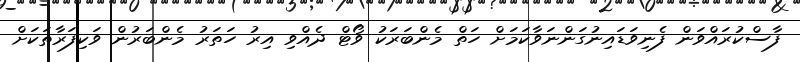
ފާސްކުރައްވަން ފެނިވަޑައިނުގަންނަވާކަމަށް ހަތް މެންބަރަކު ވޯޓް ދެއްވި އިރު ހަތަރު މެންބަރުން ވަކިފަރާތަކަށް